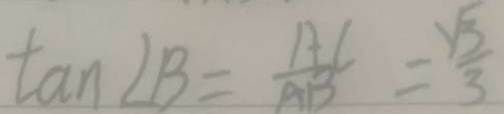
\tan \angle B = \frac { A C } { A B } = \frac { \sqrt { 3 } } { 3 }